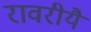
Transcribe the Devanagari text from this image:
रावरीयै